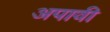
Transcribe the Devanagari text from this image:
अपावी